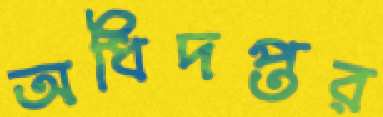
অধিদপ্তর